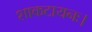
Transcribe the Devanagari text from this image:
शाकटायनः।